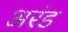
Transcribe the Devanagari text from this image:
अरंड